Grant in aid of war bonuses to teachers, 1917
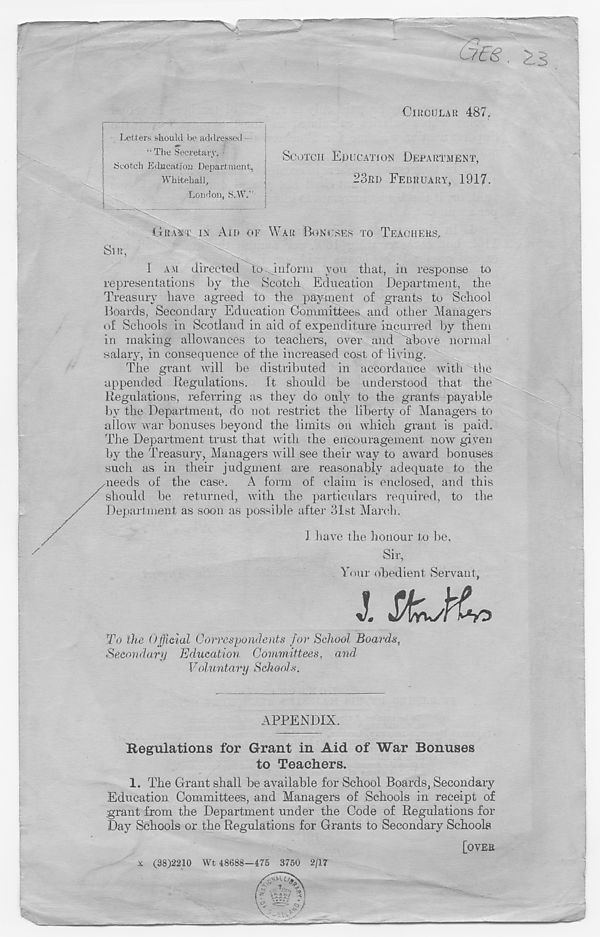
(JES
CIRCULAR 487.
SCOTCH EDUCATION DEPARTMENT,
23RD FEBRUARY, 1917.
ORAST IN AID OF WAR BONUSES TO TEACHERS,
SIR,
1 AM
directed do inform you that, in response to
representations by the Scotch Education Department, the
Treasury have agreed to the payment of grants to School
Boards, Secondary Education Committees and other Managers
of Schools in Scotland in aid of expenditure incurred by them
in making allowances to teachers, over and "above normal
salary, in consequence of the increased cost of living.
The grant will be distributed in accordance with the
appended Regulations. It should be understood that the
Regulations, referring as they do only to the grants payable
by the Department, do not restrict the liberty of Managers to
allow war bonuses beyond the limits on which grant is paid.
The Department trust that with the encouragement now given
by the Treasury, Managers will see their way to award bonuses
such as in their judgment are reasonably adequate to the
needs of the case. A form of claim is enclosed, and this
should be returned, with the particulars required, to the
Department as soon as possible after olst March.
1 have the honour to be,
Sir,
Your obedient Servant,
l
To the Official Correspondents for School Boards,
Secondary Education Committees, and
Voluntary Schools.
APPENDIX.
Regulations for Grant in Aid of War Bonuses
to Teachers.
1. The Grant shall be available for School Boards, Secondary
Education Committees, and Managers of Schools in receipt of
grant from the Department under the Code of Regulations for
Day Schools or the Regulations for Grants to Secondary^ Schools
[OVER
Letters should be addressed -
The Secretary.
Scotch Education Department,
Whitehall,
London, S.W.”
x (38)2210 Wt 48688—476 3760 2/17